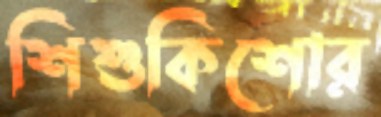
শিশুকিশোর